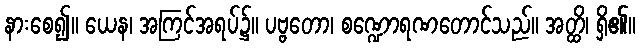
နားစေ၍။ ယေန၊ အကြင်အရပ်၌။ ပဗ္ဗတော၊ စဏ္ဍောရဏတောင်သည်။ အတ္ထိ၊ ရှိ၏။